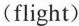
(flight)